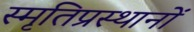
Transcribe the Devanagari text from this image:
स्मृतिप्रस्थानों